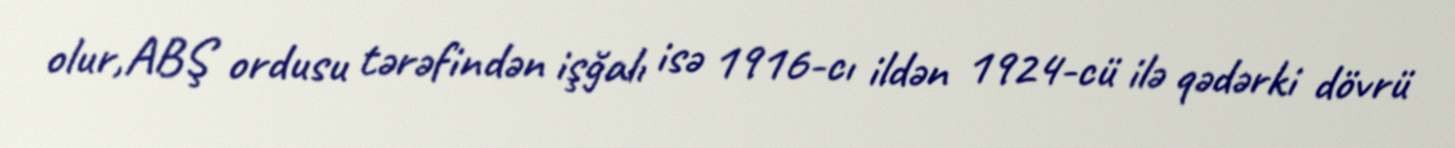
olur,ABŞ ordusu tərəfindən işğalı isə 1916-cı ildən 1924-cü ilə qədərki dövrü